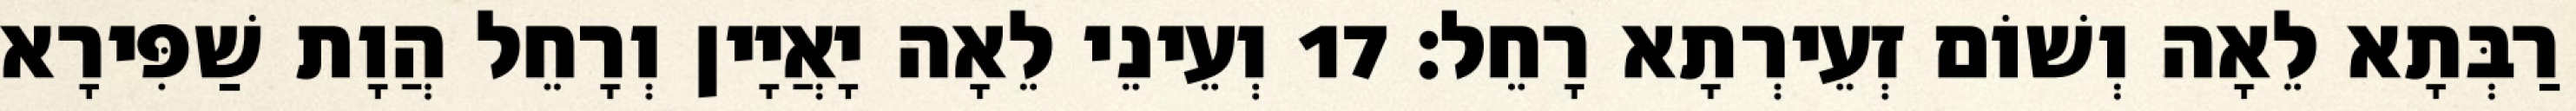
רַבְּתָא לֵאָה וְשׁוֹם זְעֵירְתָא רָחֵל׃ 17 וְעֵינֵי לֵאָה יָאֲיָין וְרָחֵל הֲוָת שַׁפִּירָא